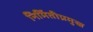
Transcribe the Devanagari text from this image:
निर्मितीप्रमुख